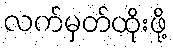
လက်မှတ်ထိုးဖို့